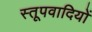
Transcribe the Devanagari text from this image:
स्तूपवादियों